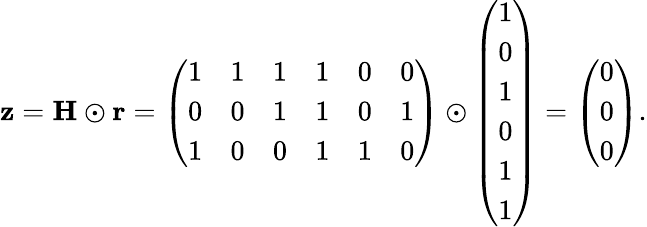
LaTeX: \mathbf{z}=\mathbf{H\odot r}={\left(\begin{array}{llllll}{1}&{1}&{1}&{1}&{0}&{0}\\ {0}&{0}&{1}&{1}&{0}&{1}\\ {1}&{0}&{0}&{1}&{1}&{0}\end{array}\right)}\odot{\left(\begin{array}{l}{1}\\ {0}\\ {1}\\ {0}\\ {1}\\ {1}\end{array}\right)}={\left(\begin{array}{l}{0}\\ {0}\\ {0}\end{array}\right)}.